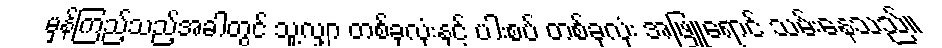
မှန်ကြည့်သည့်အခါတွင် သူ့လျှာ တစ်ခုလုံးနှင့် ပါးစပ် တစ်ခုလုံး အဖြူရောင် သမ်းနေသည်။